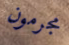
مجرمون